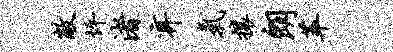
敝坪渚弃气攘朗萃